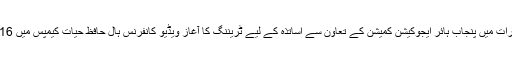
گجرات(جی پی آئی) ٰجامعہ گجرات میں پنجاب ہائر ایجوکیشن کمیشن کے تعاون سے اساتذہ کے لیے ٹریننگ کا آغاز ویڈیو کانفرنس ہال حافظ حیات کیمپس میں 16 مئی بروز سوموار سے ہو گا ۔